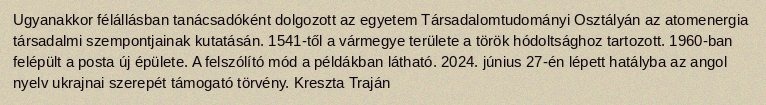
Ugyanakkor félállásban tanácsadóként dolgozott az egyetem Társadalomtudományi Osztályán az atomenergia társadalmi szempontjainak kutatásán. 1541-től a vármegye területe a török hódoltsághoz tartozott. 1960-ban felépült a posta új épülete. A felszólító mód a példákban látható. 2024. június 27-én lépett hatályba az angol nyelv ukrajnai szerepét támogató törvény. Kreszta Traján